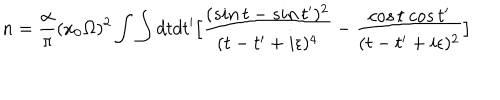
LaTeX: n = { \frac { \alpha } { \pi } } ( x _ { 0 } \Omega ) ^ { 2 } \int \int d t d t ^ { \prime } \bigl [ { \frac { ( s i n \, t - s i n \, t ^ { \prime } ) ^ { 2 } } { ( t - t ^ { \prime } + i \epsilon ) ^ { 4 } } } - { \frac { c o s \, t ~ c o s \, t ^ { \prime } } { ( t - t ^ { \prime } + i \epsilon ) ^ { 2 } } } \bigr ]